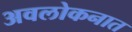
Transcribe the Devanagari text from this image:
अवलोकनात